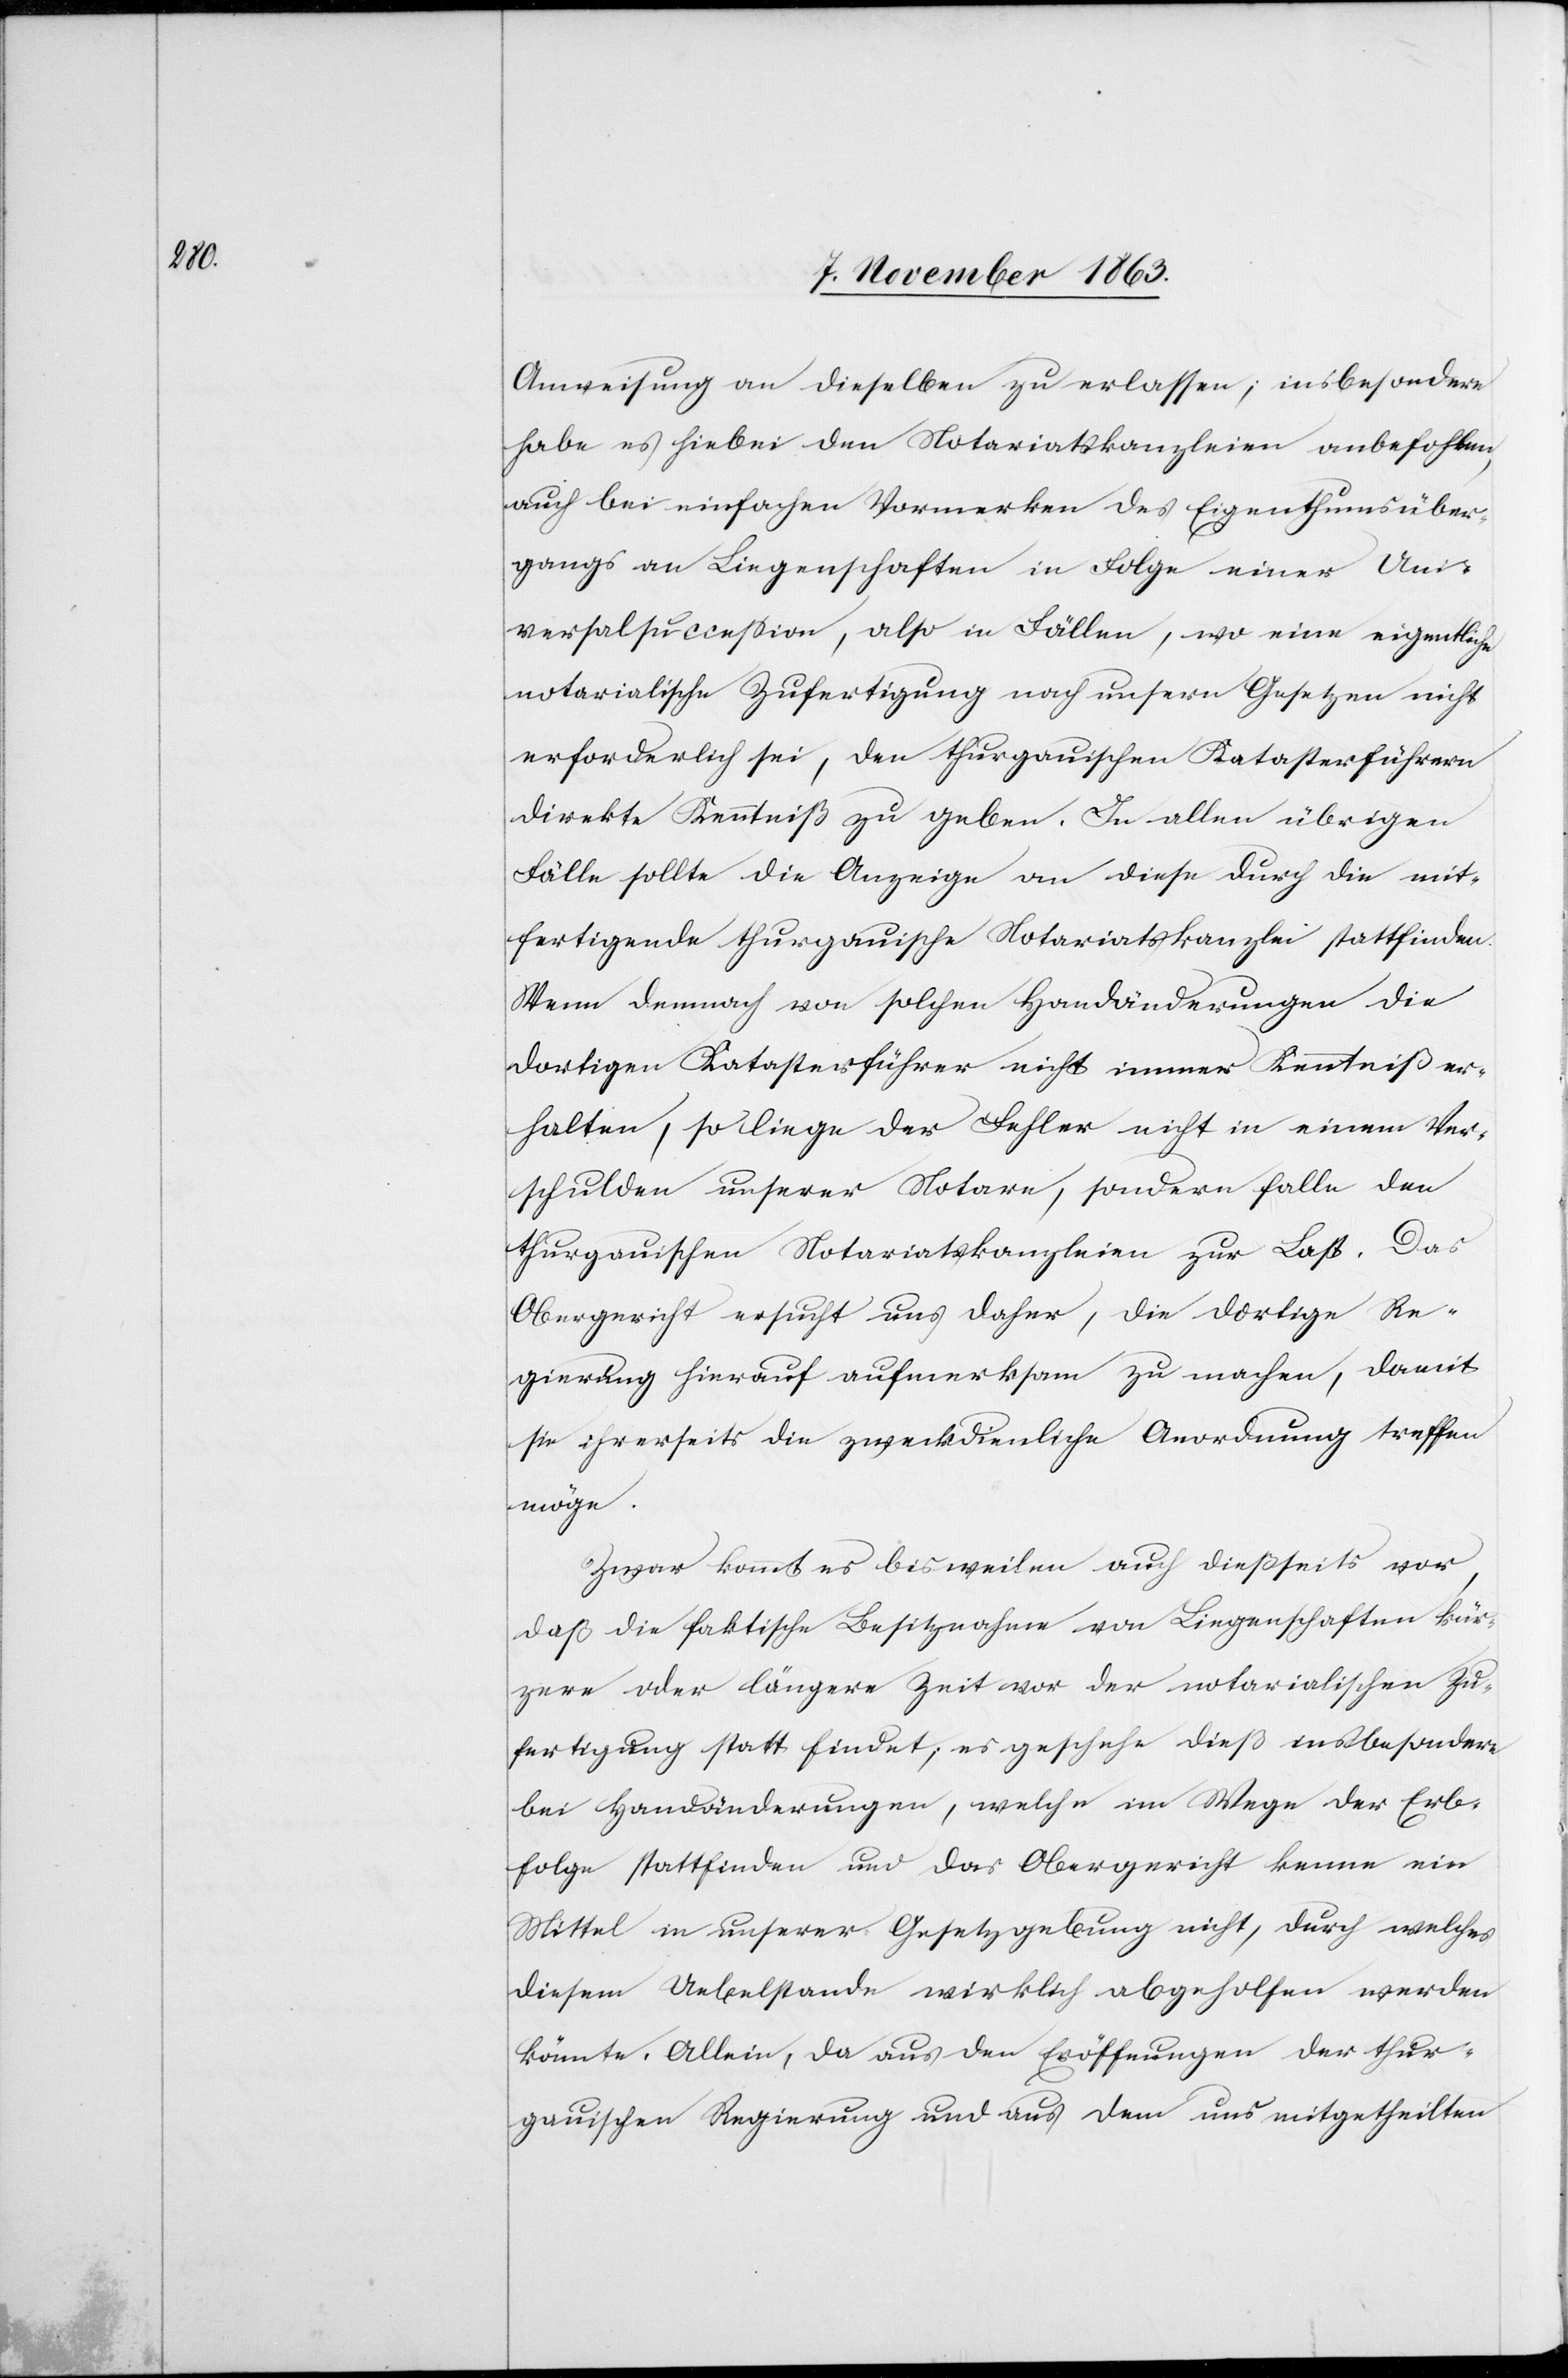
Anweisung an dieselben zu erlassen; insbesondere
habe es hiebei den Notariatskanzleien anbefohlen,
auch bei einfachen Vormerken des Eigenthumsüber¬
gangs an Liegenschaften in Folge einer Uni¬
versalsuccession, also in Fällen, wo eine eigentliche
notarialische Zufertigung nach unsern Gesetzen nicht
erforderlich sei, den thurgauischen Katasterführern
direkte Kenntniß zu geben. In allen übrigen
Fälle[n] sollte die Anzeige an diese durch die mit¬
fertigende thurgauische Notariatskanzlei stattfinden.
Wenn demnach von solchen Handänderungen die
dortigen Katasterführer nicht immer Kenntniß er¬
halten, so liege der Fehler nicht in einem Ver¬
schulden unserer Notare, sondern falle den
thurgauischen Notariatskanzleien zur Last. Das
Obergericht ersucht uns daher, die dortige Re¬
gierung hierauf aufmerksam zu machen, damit
sie ihrerseits die zweckdienliche Anordnung treffen
möge.
Zwar kommt es bisweilen auch dießseits vor,
daß die faktische Besitznahme von Liegenschaften kür¬
zere oder längere Zeit vor der notarialischen Zu¬
fertigung statt findet; es geschehe dieß insbesondere
bei Handänderungen, welche im Wege der Erb¬
folge stattfinden und das Obergericht kenne ein
Mittel in unserer Gesetzgebung nicht, durch welches
diesem Uebelstande wirklich abgeholfen werden
könnte. Allein, da aus den Eröffnungen der thur¬
gauischen Regierung und aus dem uns mitgetheilten